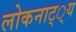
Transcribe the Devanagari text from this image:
लोकनाट््य